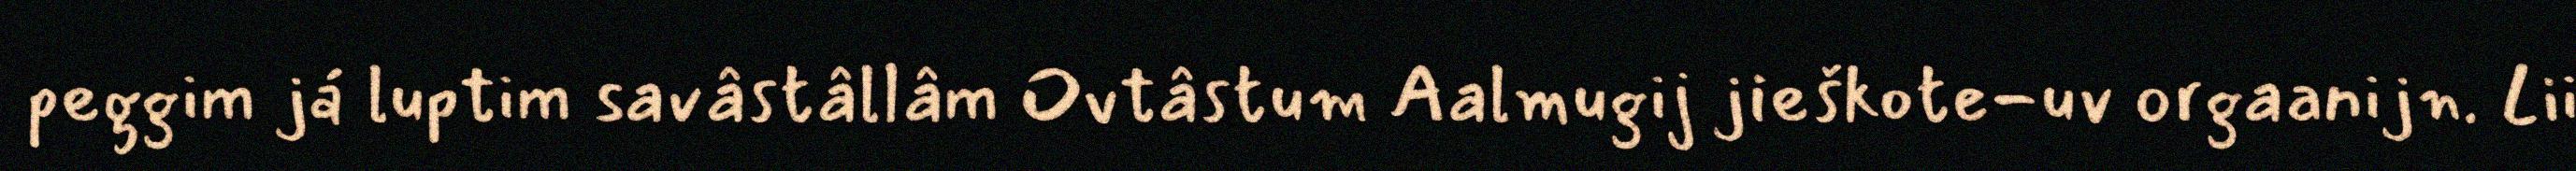
peggim já luptim savâstâllâm Ovtâstum Aalmugij jieškote-uv orgaanijn. Lii